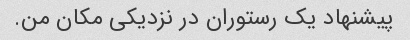
پیشنهاد یک رستوران در نزدیکی مکان من.